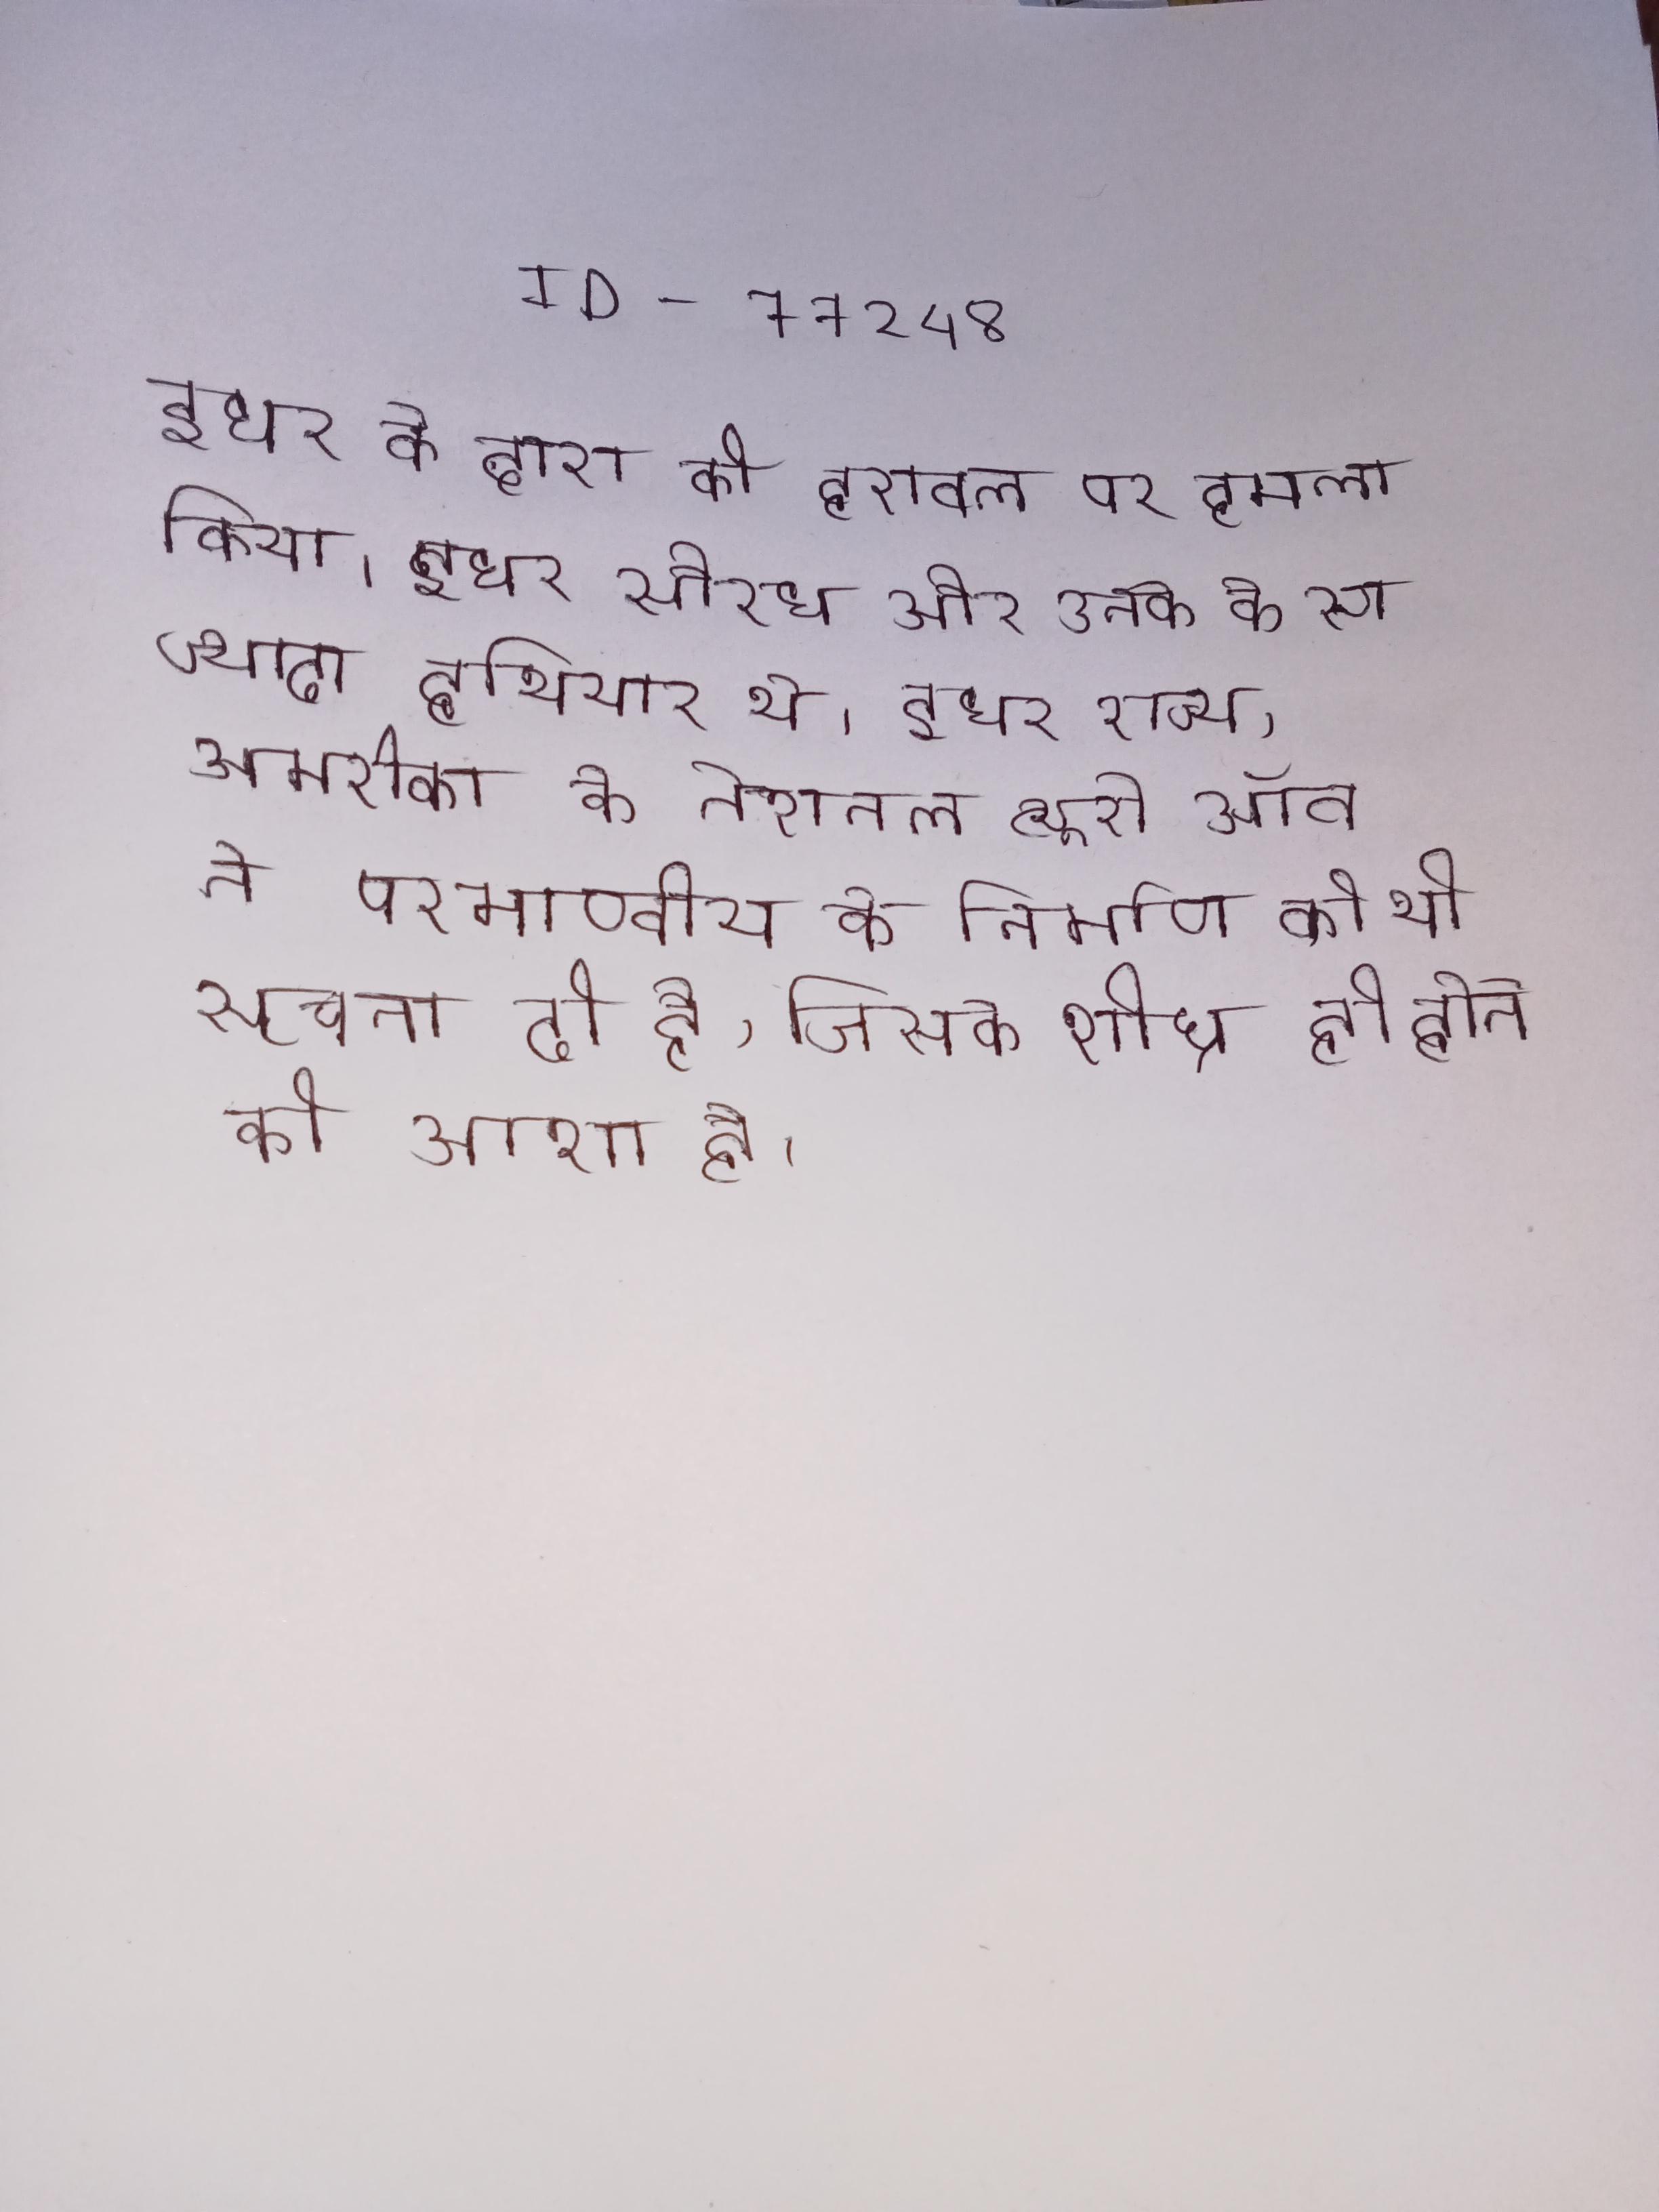
इधर ने दारा की हरावल पर हमला किया । इधर सौरभ और उनके के पास ज्यादा हथियार थे . इधर राज्य, अमरीका, के नैशनल ब्यूरो ऑव ने परमाण्वीय के निर्माण की भी सूचना दी है, जिसके शीघ्र ही होने की आशा है ।